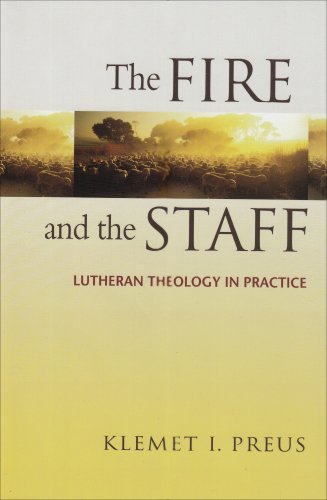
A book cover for The Fire And The Staff: Lutheran Theology In Practice; Klemet I. Preus; Christian Books & Bibles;